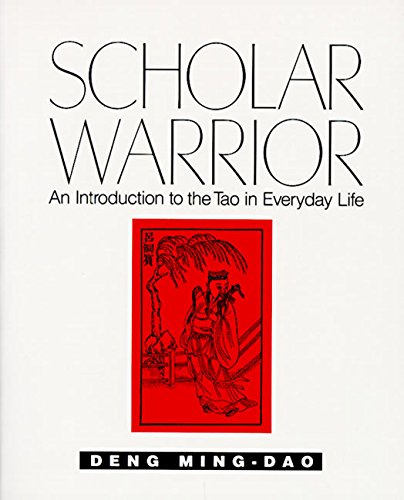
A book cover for Scholar Warrior: An Introduction to the Tao in Everyday Life; Ming-Dao Deng; Religion & Spirituality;